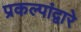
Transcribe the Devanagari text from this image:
प्रकल्पांद्वारे